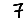
Digit: 7